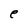
Character: e